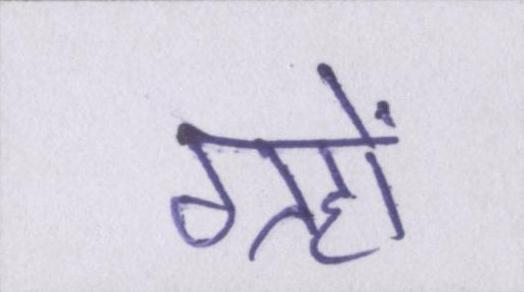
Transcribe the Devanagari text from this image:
ग्रहों